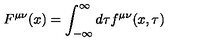
F ^ { \mu \nu } ( x ) = \int _ { - \infty } ^ { \infty } d \tau f ^ { \mu \nu } ( x , \tau )